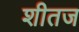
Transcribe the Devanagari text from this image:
शीतज